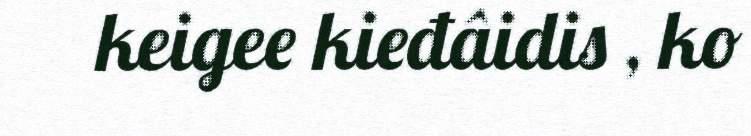
keigee kieđâidis , ko